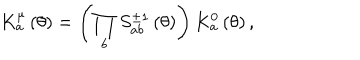
K _ { a } ^ { \mu } \left( \theta \right) = \left( \prod _ { b } S _ { a b } ^ { \pm 1 } \left( \theta \right) \right) K _ { a } ^ { 0 } \left( \theta \right) ,